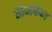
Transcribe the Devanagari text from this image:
मेनकेन